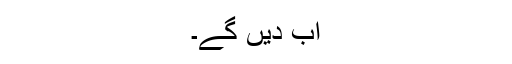
اب دیں گے۔